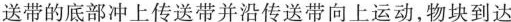
送带的底部冲上传送带并沿传送带向上运动，物块到达